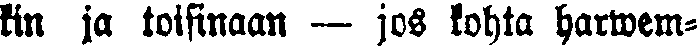
kin ja toisinaan — jos kohta harwem-